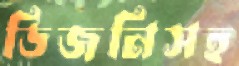
ডিজনিসহ